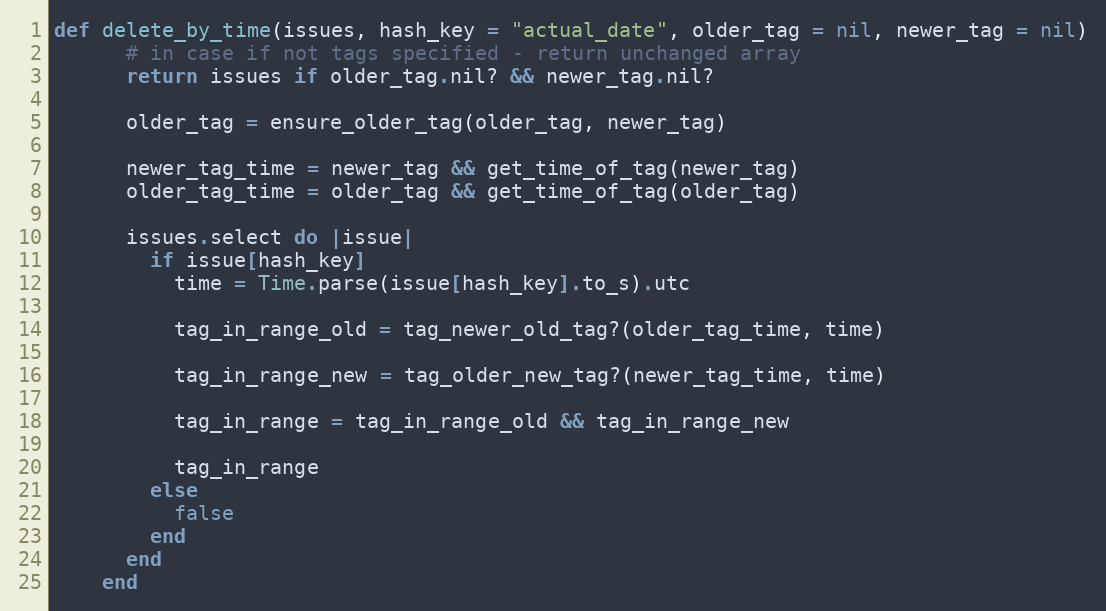
Language: Ruby
def delete_by_time(issues, hash_key = "actual_date", older_tag = nil, newer_tag = nil)
      # in case if not tags specified - return unchanged array
      return issues if older_tag.nil? && newer_tag.nil?

      older_tag = ensure_older_tag(older_tag, newer_tag)

      newer_tag_time = newer_tag && get_time_of_tag(newer_tag)
      older_tag_time = older_tag && get_time_of_tag(older_tag)

      issues.select do |issue|
        if issue[hash_key]
          time = Time.parse(issue[hash_key].to_s).utc

          tag_in_range_old = tag_newer_old_tag?(older_tag_time, time)

          tag_in_range_new = tag_older_new_tag?(newer_tag_time, time)

          tag_in_range = tag_in_range_old && tag_in_range_new

          tag_in_range
        else
          false
        end
      end
    end